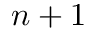
n + 1